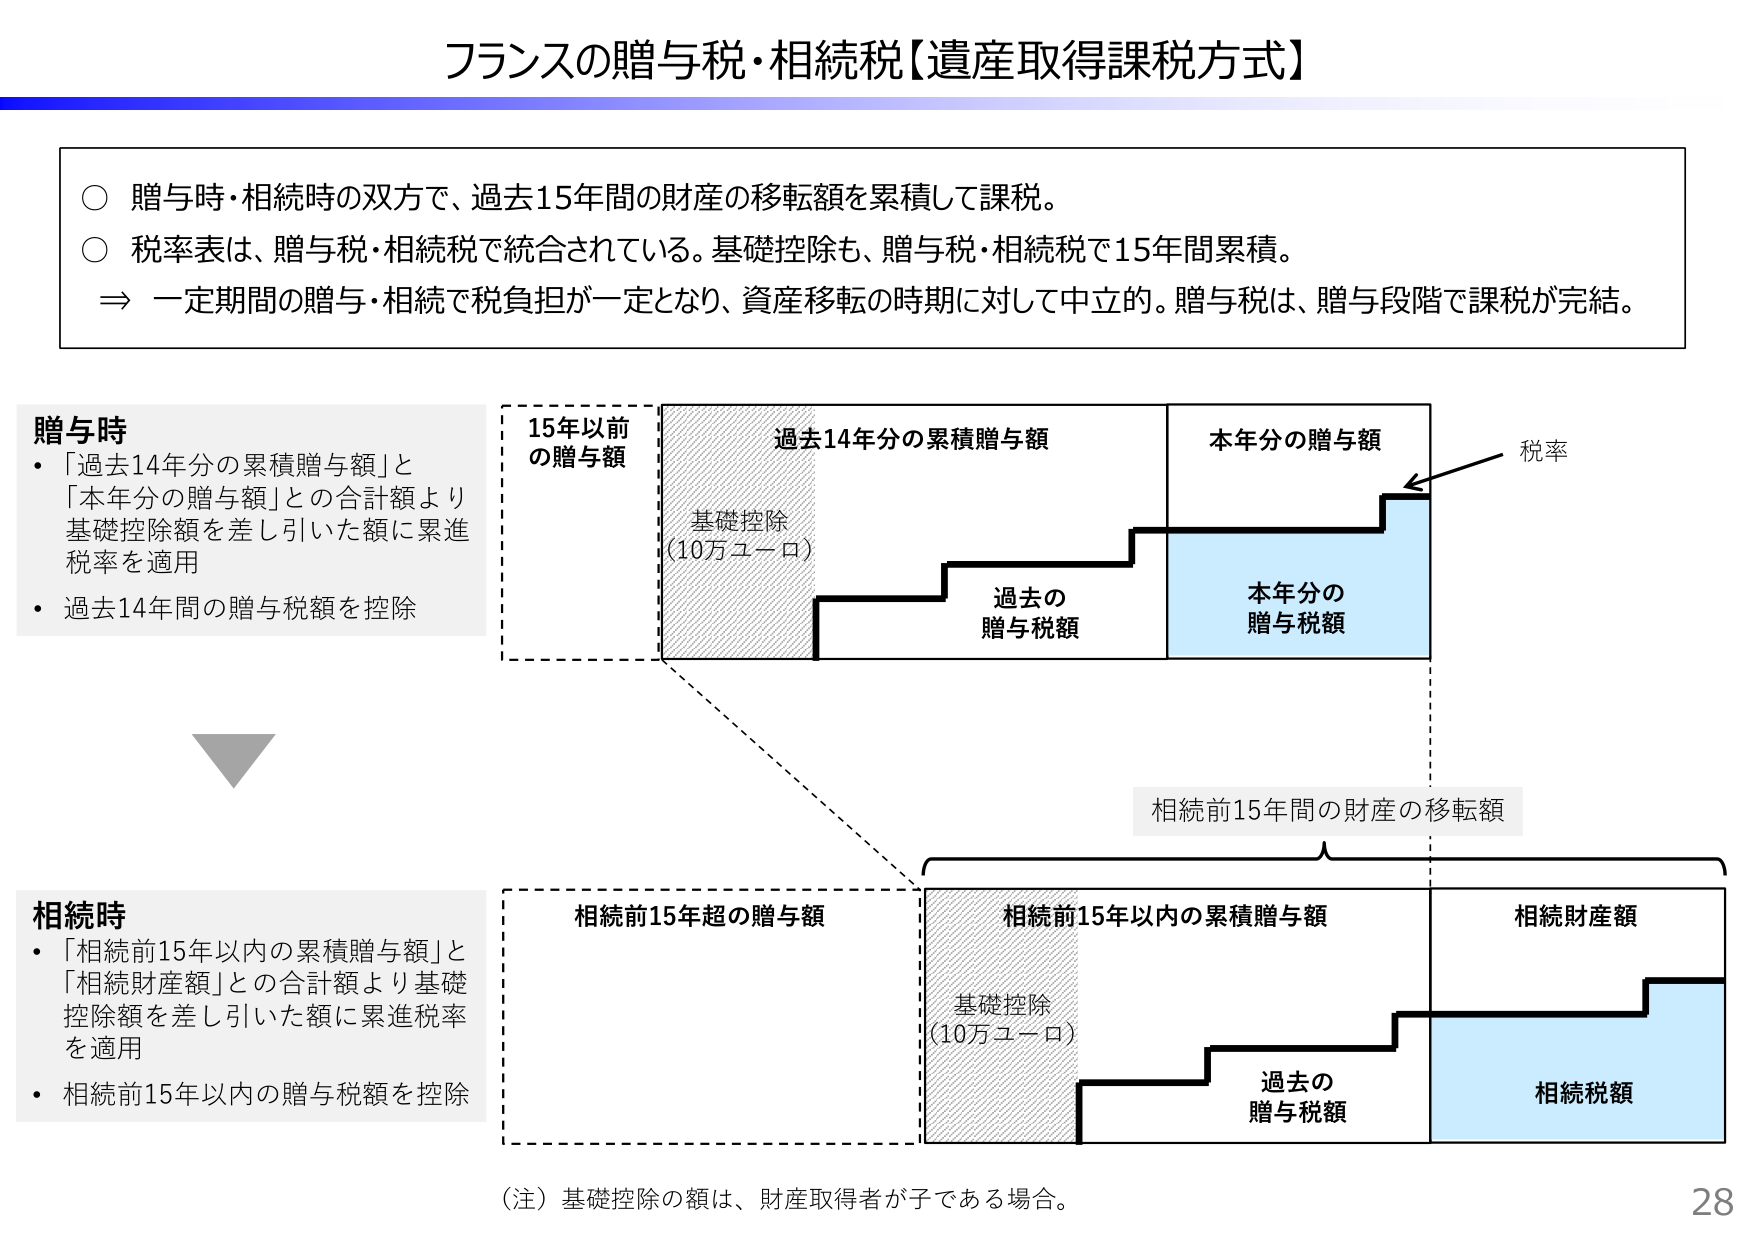
フランスの贈与税・相続税【遺産取得課税方式】

○ 贈与時・相続時の双方で、過去15年間の財産の移転額を累積して課税。
○ 税率表は、贈与税・相続税で統合されている。基礎控除も、贈与税・相続税で15年間累積。
⇒ 一定期間の贈与・相続で税負担が一定となり、資産移転の時期に対して中立的。贈与税は、贈与段階で課税が完結。

贈与時
・「過去14年分の累積贈与額」と
「本年分の贈与額」との合計額より
基礎控除額を差し引いた額に累進
税率を適用
・過去14年間の贈与税額を控除

15年以前
の贈与額

過去14年分の累積贈与額

本年分の贈与額

税率

基礎控除
(10万ユーロ)

過去の
贈与税額

本年分の
贈与税額

相続前15年間の財産の移転額

相続時
・「相続前15年以内の累積贈与額」と
「相続財産額」との合計額より基礎
控除額を差し引いた額に累進税率
を適用
・相続前15年以内の贈与税額を控除

相続前15年超の贈与額

相続前15年以内の累積贈与額

相続財産額

基礎控除
(10万ユーロ)

過去の
贈与税額

相続税額

（注）基礎控除の額は、財産取得者が子である場合。

28